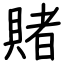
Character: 賭